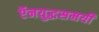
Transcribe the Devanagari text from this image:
ऍनयुद्धसमयी